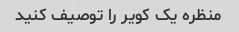
منظره یک کویر را توصیف کنید